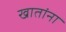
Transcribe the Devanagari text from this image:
खातांना